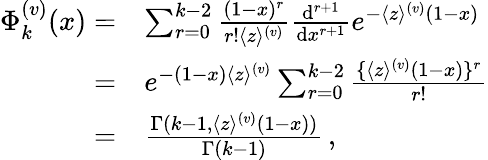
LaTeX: \begin{array}{rl}{\Phi_{k}^{(v)}(x)=}&{\sum_{r=0}^{k-2}\frac{(1-x)^{r}}{r!\langle z\rangle^{(v)}}\frac{\mathrm{d}^{r+1}}{\mathrm{d}x^{r+1}}e^{-\langle z\rangle^{(v)}(1-x)}}\\ {=}&{e^{-(1-x)\langle z\rangle^{(v)}}\sum_{r=0}^{k-2}\frac{\lbrace\langle z\rangle^{(v)}(1-x)\rbrace^{r}}{r!}}\\ {=}&{\frac{\Gamma(k-1,\langle z\rangle^{(v)}(1-x))}{\Gamma(k-1)}\, ,}\end{array}